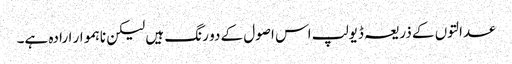
عدالتوں کے ذریعہ ڈیولپ اس اصول کے دو رنگ ہیں لیکن ناہموار ارادہ ہے۔